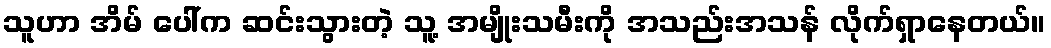
သူဟာ အိမ် ပေါ်က ဆင်းသွားတဲ့ သူ့ အမျိုးသမီးကို အသည်းအသန် လိုက်ရှာနေတယ်။